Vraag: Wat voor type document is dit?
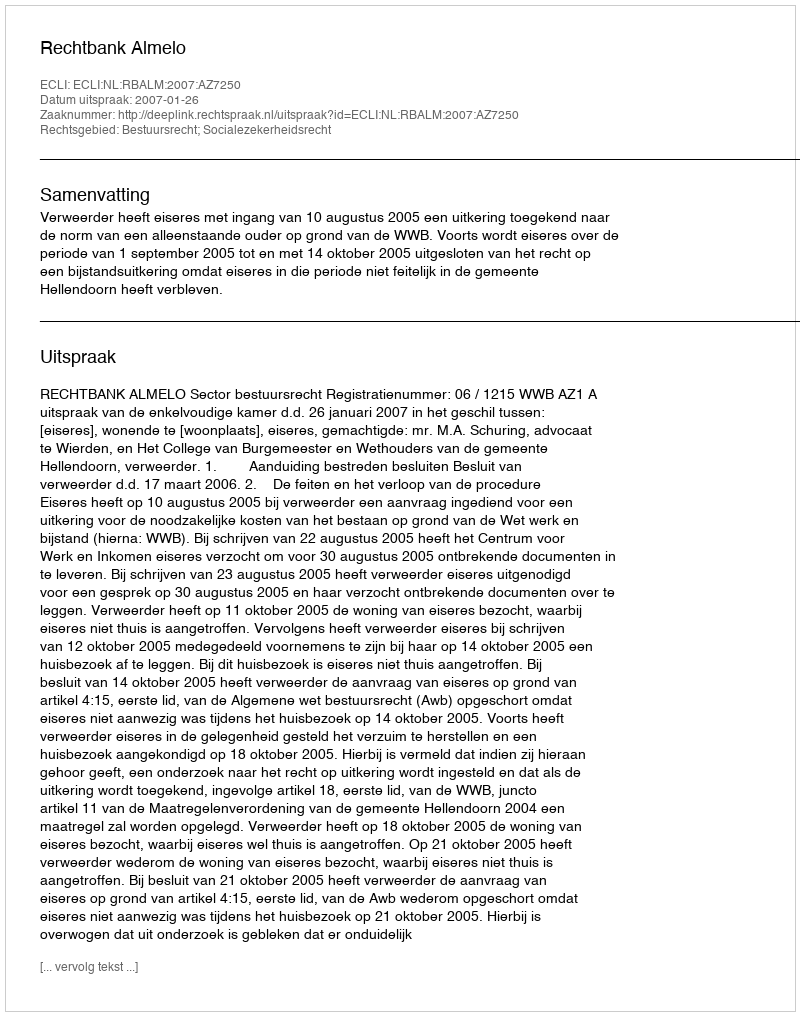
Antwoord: Uitspraak